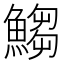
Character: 𩺥